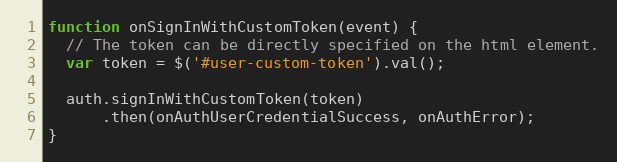
Language: JavaScript
function onSignInWithCustomToken(event) {
  // The token can be directly specified on the html element.
  var token = $('#user-custom-token').val();

  auth.signInWithCustomToken(token)
      .then(onAuthUserCredentialSuccess, onAuthError);
}